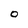
Character: O